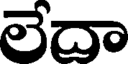
లేదా